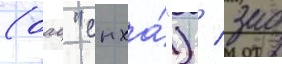
(оао "снха́") / зао